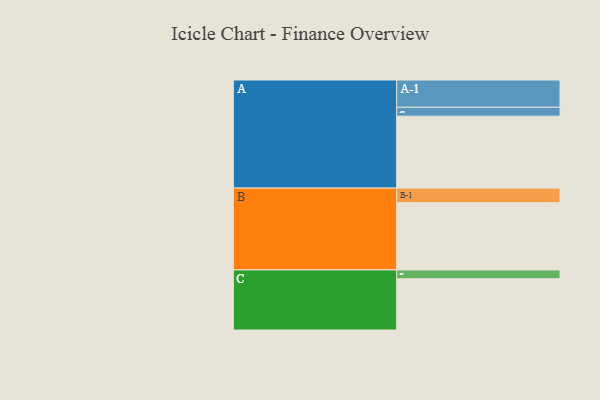
{"axis": {"x": "Segment", "y": "Value"}, "legend": ["", "A", "B", "C"], "data": [{"x": "A", "y": 570, "type": ""}, {"x": "B", "y": 533, "type": ""}, {"x": "C", "y": 406, "type": ""}, {"x": "A-1", "y": 216, "type": "A"}, {"x": "A-2", "y": 71, "type": "A"}, {"x": "B-1", "y": 116, "type": "B"}, {"x": "C-1", "y": 70, "type": "C"}]}